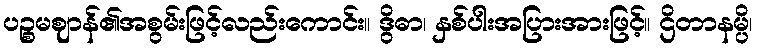
ပဉ္စမဈာန်၏အစွမ်းဖြင့်လည်းကောင်း။ ဒွိဓာ၊ နှစ်ပါးအပြားအားဖြင့်။ ဌိတာနမ္ပိ၊